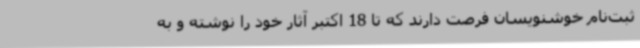
ثبت‌نام خوشنویسان فرصت دارند که تا 18 اکتبر آثار خود را نوشته و به